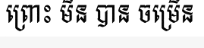
ព្រោះ មិន បាន ចម្រើន